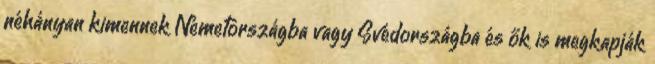
néhányan kimennek Németországba vagy Svédországba és ők is megkapják